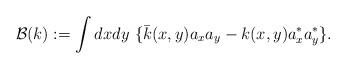
LaTeX: \begin{align*}\mathcal{B}(k) := \int dx d y\ \{\bar k(x, y)a_x a_y -k(x, y)a^\ast_x a^\ast_y\}.\end{align*}